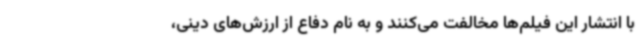
با انتشار این فیلم‌ها مخالفت می‌کنند و به نام دفاع از ارزش‌های دینی،